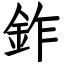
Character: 鈼